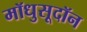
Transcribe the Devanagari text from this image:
मॉधुसूदॉन